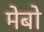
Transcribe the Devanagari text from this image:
मेबो